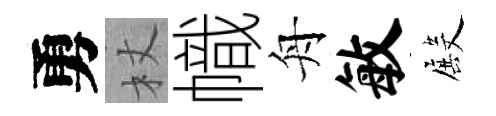
勇杖幟舟敏殿